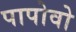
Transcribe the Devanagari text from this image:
पापोवो